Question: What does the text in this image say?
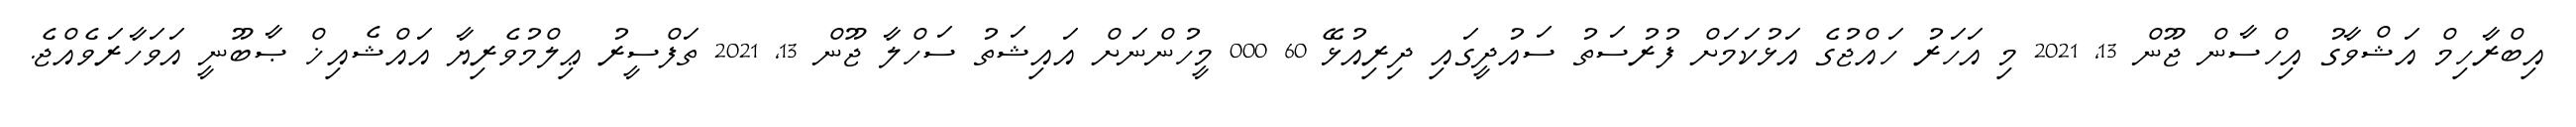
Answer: އިބްރާހިމް އަޝްވާގު އިހްސާން ޖޫން 13, 2021 މި އަހަރު ހައްޖުގެ އަޅުކަމަށް ފުރުސަތު ސައުދީގައި ދިރިއުޅޭ 60 000 މީހުންނަށް އައިޝަތު ސަހްލާ ޖޫން 13, 2021 ތަފްސީރު ޢިލްމުވެރިޔާ އައްޝެއިޚް ޞާބޫނީ އަވަހާރަވެއްޖެ.